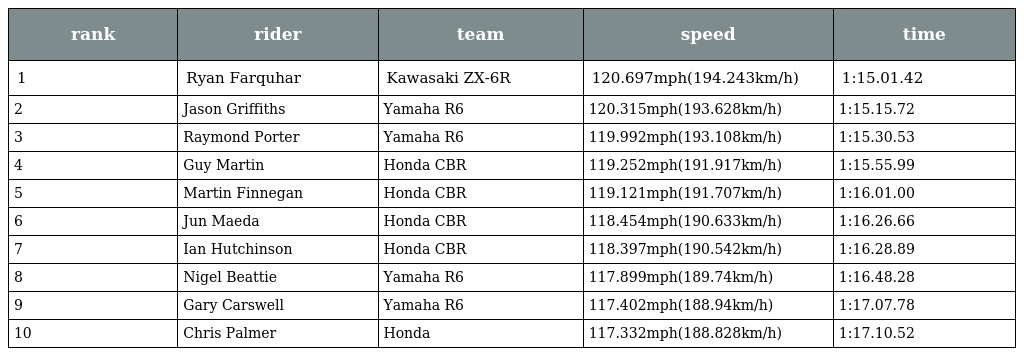
| rank | rider | team | speed | time |
 | --- | --- | --- | --- | --- |
 | 1 | Ryan Farquhar | Kawasaki ZX-6R | 120.697mph(194.243km/h) | 1:15.01.42 |
 | 2 | Jason Griffiths | Yamaha R6 | 120.315mph(193.628km/h) | 1:15.15.72 |
 | 3 | Raymond Porter | Yamaha R6 | 119.992mph(193.108km/h) | 1:15.30.53 |
 | 4 | Guy Martin | Honda CBR | 119.252mph(191.917km/h) | 1:15.55.99 |
 | 5 | Martin Finnegan | Honda CBR | 119.121mph(191.707km/h) | 1:16.01.00 |
 | 6 | Jun Maeda | Honda CBR | 118.454mph(190.633km/h) | 1:16.26.66 |
 | 7 | Ian Hutchinson | Honda CBR | 118.397mph(190.542km/h) | 1:16.28.89 |
 | 8 | Nigel Beattie | Yamaha R6 | 117.899mph(189.74km/h) | 1:16.48.28 |
 | 9 | Gary Carswell | Yamaha R6 | 117.402mph(188.94km/h) | 1:17.07.78 |
 | 10 | Chris Palmer | Honda | 117.332mph(188.828km/h) | 1:17.10.52 |